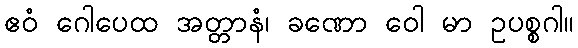
ဧဝံ ဂေါပေထ အတ္တာနံ၊ ခဏော ဝေါ မာ ဥပစ္စဂါ။